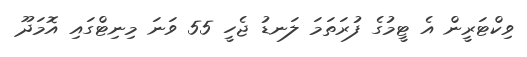
ވިކްޓަރީން އެ ޓީމުގެ ފުރަތަމަ ލަނޑު ޖެހީ 55 ވަނަ މިނިޓްގައި އޮމަދޫ